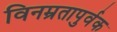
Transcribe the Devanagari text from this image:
विनम्रतापुर्वक